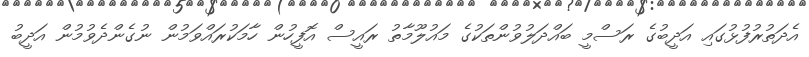
އެދަތުރުފުޅުގައި އަދީބުގެ ރަސްމީ ބައްދަލުވުންތަކުގެ މައުލޫމާތު ރައީސް އޮފީހުން ހާމަކުރައްވަމުން ނުގެންދެވުމުން އަދީބު